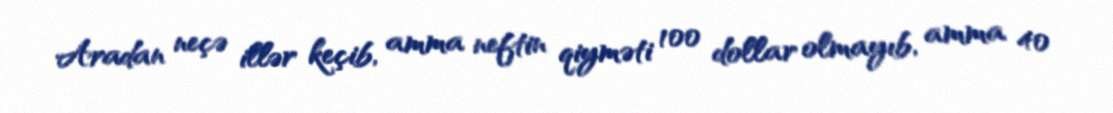
Aradan neçə illər keçib, amma neftin qiyməti 100 dollar olmayıb, amma 40